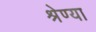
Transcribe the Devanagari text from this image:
श्रेण्या